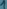
Text: 1